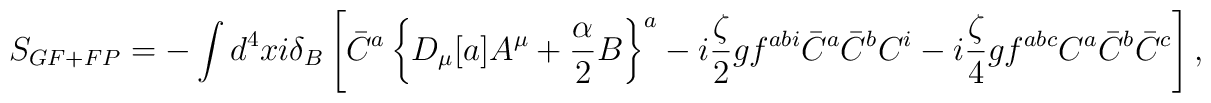
S_{GF+FP} = - \int d^4x i \delta_B \left[ \bar C^a  \left\{ D_\mu[a]A^\mu + {\alpha \over 2} B \right\}^a- i {\zeta \over 2} g f^{abi} \bar C^a \bar C^b  C^i- i {\zeta \over 4} g f^{abc} C^a \bar C^b \bar C^c \right] ,